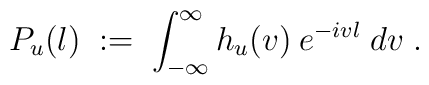
P_u(l) \;:=\; \int_{-\infty}^\infty h_u(v) \: e^{-ivl} \;dv \;.